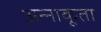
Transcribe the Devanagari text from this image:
अन्‍नाकूता